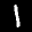
Label: 1